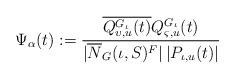
LaTeX: \begin{align*} \Psi_\alpha(t) := \frac{\overline{Q^{G_\iota}_{\upsilon, u}(t)} Q^{G_\iota}_{\varsigma, u}(t)}{|\overline{N}_G(\iota, S)^F| \, | P_{\iota, u}(t)|}\end{align*}